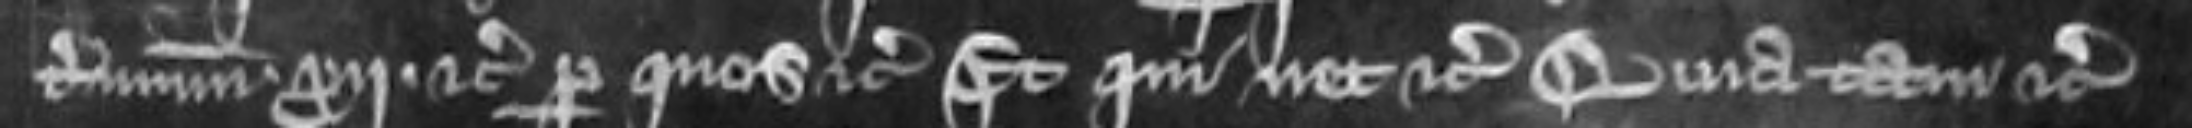
terminum xij etc per quos etc Et qui nec etc Quia tam etc